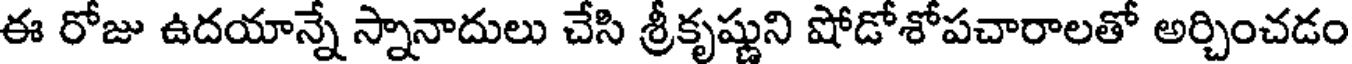
ఈ రోజు ఉదయాన్నే స్నానాదులు చేసి శ్రీకృష్ణుని షోడోశోపచారాలతో అర్చించడం